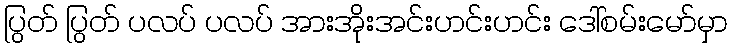
ပြွတ် ပြွတ် ပလပ် ပလပ် အားအိုးအင်းဟင်းဟင်း ဒေါ်စမ်းမော်မှာ